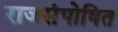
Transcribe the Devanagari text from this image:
राजसंपोषित